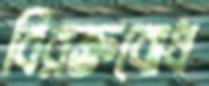
বিরক্তবোধ